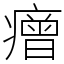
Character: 𤺧